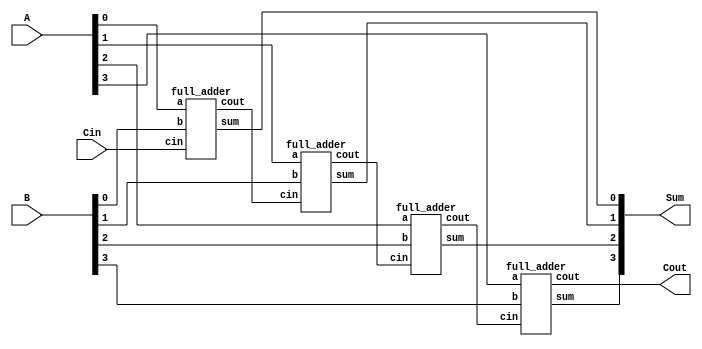
// This program was cloned from: https://github.com/matthewdelorenzo/CreativEval
// License: BSD 3-Clause "New" or "Revised" License

module top(A, B, Cin, Sum, Cout);
	input [3:0] A, B;
	input Cin;
	output [3:0] Sum;
	output Cout;
	wire [2:0]CO;
	full_adder F1(A[0], B[0],   Cin, Sum[0], CO[0]);
	full_adder F2(A[1], B[1], CO[0], Sum[1], CO[1]);
	full_adder F3(A[2], B[2], CO[1], Sum[2], CO[2]);
	full_adder F4(A[3], B[3], CO[2], Sum[3], Cout);
endmodule

module full_adder (a, b, cin, sum, cout);
	input a,b,cin;
	output sum, cout;
	assign sum  = (a^b)^cin;
	assign cout = ((a^b) ? cin : b);
endmodule